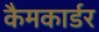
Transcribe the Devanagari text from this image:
कैमकार्डर